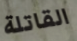
القاتلة